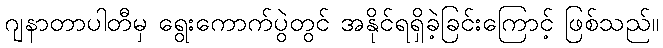
ဂျနာတာပါတီမှ ရွေးကောက်ပွဲတွင် အနိုင်ရရှိခဲ့ခြင်းကြောင့် ဖြစ်သည်။